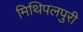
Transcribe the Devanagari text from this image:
मिथिपलपुरी